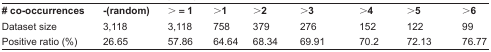
| # co-occurrences | -(random) | > = 1 | >1 | > 2 | > 3 | > 4 | > 5 | > 6 |
 | --- | --- | --- | --- | --- | --- | --- | --- | --- |
 | Dataset size | 3,118 | 3,118 | 758 | 379 | 276 | 152 | 122 | 99 |
 | Positive ratio (%) | 26.65 | 57.86 | 64.64 | 68.34 | 69.91 | 70.2 | 72.13 | 76.77 |